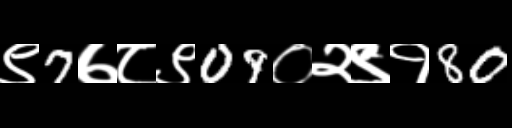
Text: ९7७८९09०२९१80